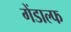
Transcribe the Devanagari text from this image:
गेंडाल्फ